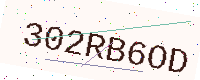
Text: 302RB6OD